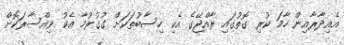
އެއިދާރާއިން ހާމަ ކުރި ގޮތުގައި ރާއްޖޭގެ އެކި ހިސާބުތަކަށް ގުގުރުމާ އެކު ވިއްސާރަކޮށް